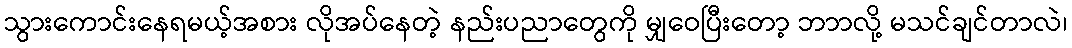
သွားကောင်းနေရမယ့်အစား လိုအပ်နေတဲ့ နည်းပညာတွေကို မျှဝေပြီးတော့ ဘာာလို့ မသင်ချင်တာလဲ၊